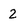
Character: 2